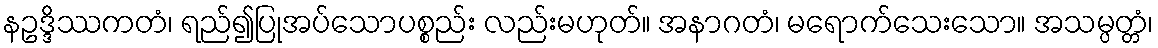
နဥဒ္ဒိဿကတံ၊ ရည်၍ပြုအပ်သောပစ္စည်း လည်းမဟုတ်။ အနာဂတံ၊ မရောက်သေးသော။ အသမ္ပတ္တံ၊